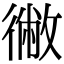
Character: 徶